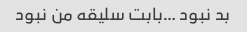
بد نبود …بابت سلیقه من نبود